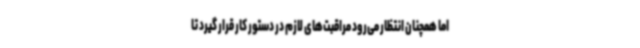
اما همچنان انتظار می‌رود مراقبت‌های لازم در دستور کار قرار گیرد تا